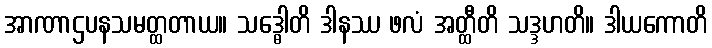
အာဏာဌပနသမတ္ထတာယ။ သဒ္ဓေါတိ ဒါနဿ ဖလံ အတ္ထီတိ သဒ္ဒဟတိ။ ဒါယကောတိ